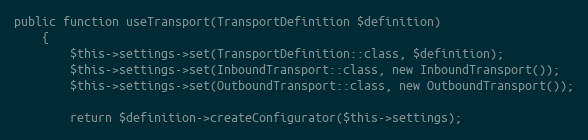
Language: PHP
public function useTransport(TransportDefinition $definition)
    {
        $this->settings->set(TransportDefinition::class, $definition);
        $this->settings->set(InboundTransport::class, new InboundTransport());
        $this->settings->set(OutboundTransport::class, new OutboundTransport());

        return $definition->createConfigurator($this->settings);